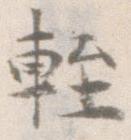
軽